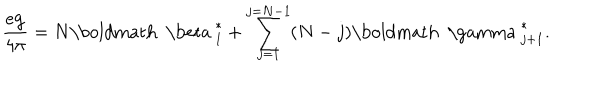
\frac { e { \bf g } } { 4 \pi } = N { \mathrm { \boldmath ~ \ b e t a ~ } } _ { 1 } ^ { * } + \sum _ { j = 1 } ^ { j = N - 1 } ( N - j ) { \mathrm { \boldmath ~ \ g a m m a ~ } } _ { j + 1 } ^ { * } .